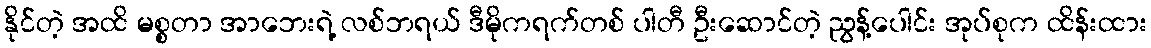
နိုင်တဲ့ အထိ မစ္စတာ အာဘေးရဲ့ လစ်ဘရယ် ဒီမိုကရက်တစ် ပါတီ ဦးဆောင်တဲ့ ညွန့်ပေါင်း အုပ်စုက ထိန်းထား